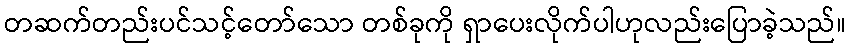
တဆက်တည်းပင်သင့်တော်သော တစ်ခုကို ရှာပေးလိုက်ပါဟုလည်းပြောခဲ့သည်။